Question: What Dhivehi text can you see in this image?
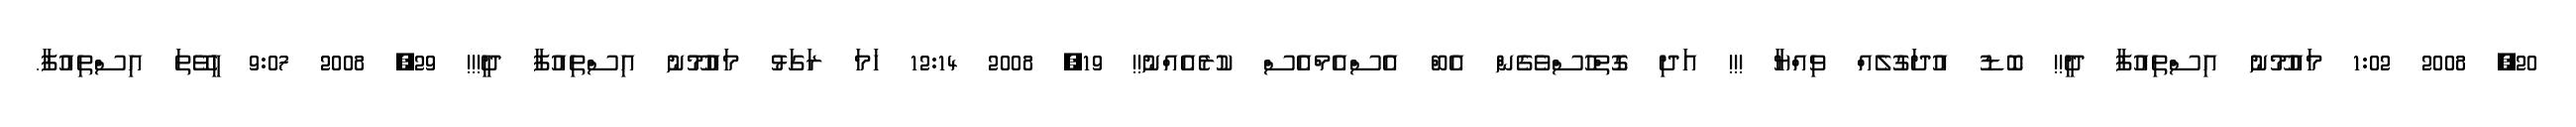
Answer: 20, 2008 1:02 މައުމޫނު އިސްތިއުފާ ދީ!! ބޮޑު އުދަގުލެއް ވިއްޔާ !!! އަދި ގޮތްހުސްވެގެން އެބް އެސްއެމްއެސް ކުރެއެއްނު!! 19, 2008 12:14 ހަމަ ރަގަޅު މައުމޫނު އިސްތިއުފާ ދީ!!! 29, 2008 9:07 ހީވޭތަ އިސްތިއުފާ.